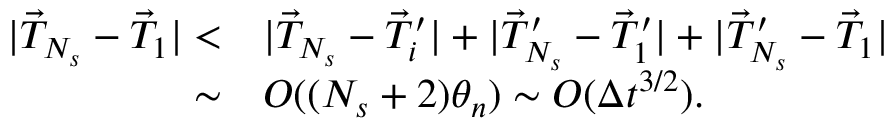
\begin{array} { r l } { | \vec { T } _ { N _ { s } } - \vec { T } _ { 1 } | < } & { | \vec { T } _ { N _ { s } } - \vec { T } _ { i } ^ { \prime } | + | \vec { T } _ { N _ { s } } ^ { \prime } - \vec { T } _ { 1 } ^ { \prime } | + | \vec { T } _ { N _ { s } } ^ { \prime } - \vec { T } _ { 1 } | } \\ { \sim } & { O ( ( N _ { s } + 2 ) \theta _ { n } ) \sim O ( \Delta t ^ { 3 / 2 } ) . } \end{array}